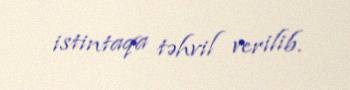
istintaqa təhvil verilib.